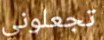
تجعلوني